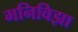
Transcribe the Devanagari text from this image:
मनिविझा